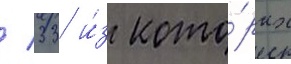
/ 33 и́з кото́рых